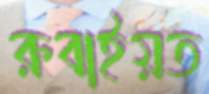
রুবাইয়ত